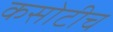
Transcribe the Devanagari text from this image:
कसोटीच